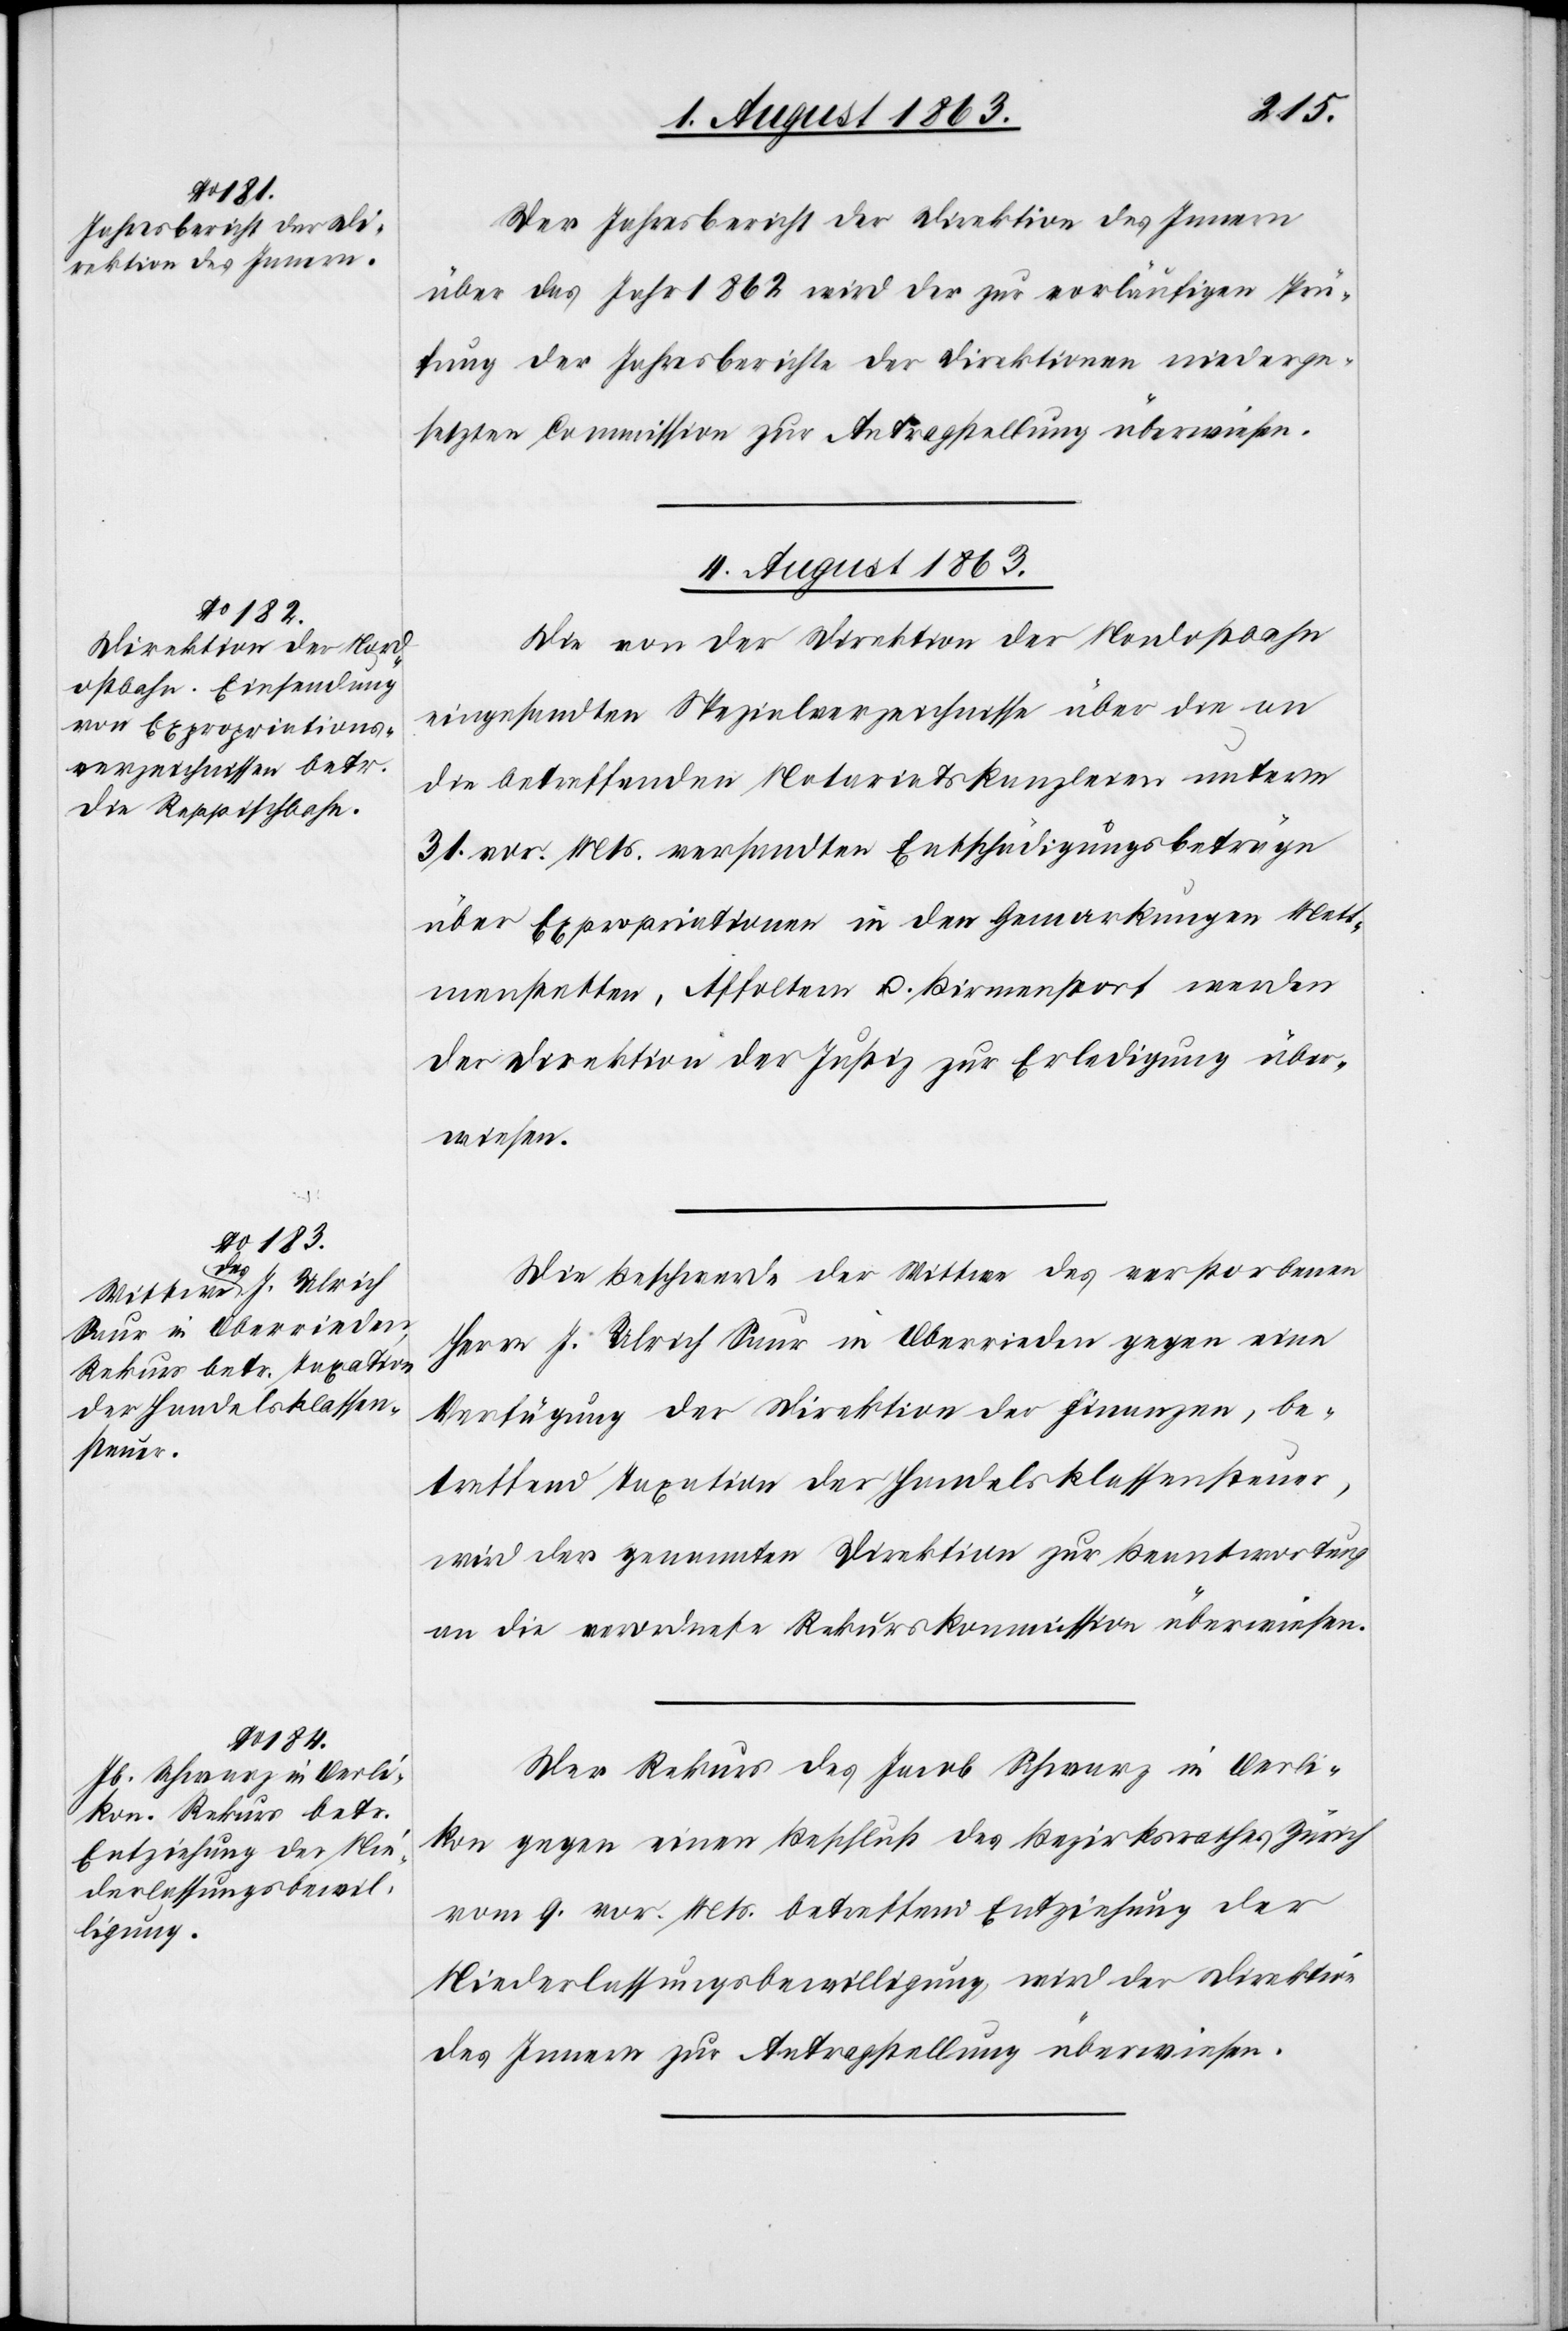
1863.]
Der Jahresbericht der Direktion des Innern
über das Jahr 1862 wird der zur vorläufigen Prü¬
fung der Jahresberichte der Direktionen niederge¬
setzten Commission zur Antragstellung überwiesen.
4. August 1863.]
Die von der Direktion der Nordostbahn
eingesandten Spezialverzeichnisse über die an
die betreffenden Notariatskanzleien unterm
31. vor. Mts. versandten Entschädigungsbeträge
über Expropriationen in den Gemarkungen Mett¬
menstetten, Affoltern u. Birmenstorf werden
der Direktion der Justiz zur Erledigung über¬
wiesen.
Die Beschwerde der Wittwe des verstorbenen
Herrn J. Ulrich Saur in Oberrieden gegen eine
Verfügung der Direktion der Finanzen, be¬
treffend Taxation der Handelsklassensteuer,
wird der genannten Direktion zur Beantwortung
an die verordnete Rekurskommission überwiesen.
Der Rekurs des Jacob Schwarz in Oerli¬
kon gegen einen Beschluß des Bezirksrathes Zürich
vom 9. vor. Mts. betreffend Entziehung der
Niederlassungsbewilligung, wird der Direktion
des Innern zur Antragstellung überwiesen.